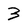
Character: 3